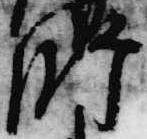
師